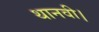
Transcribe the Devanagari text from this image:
थानवी।